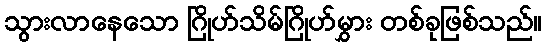
သွားလာနေသော ဂြိုဟ်သိမ်ဂြိုဟ်မွှား တစ်ခုဖြစ်သည်။